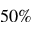
5 0 \%